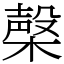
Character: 㯏